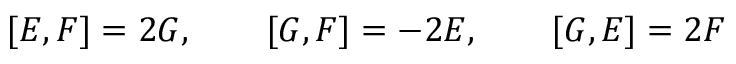
[ E , F ] = 2 G , \qquad [ G , F ] = - 2 E , \qquad [ G , E ] = 2 F